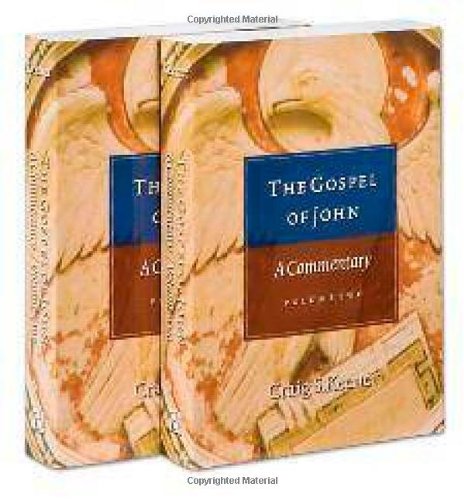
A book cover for The Gospel of John,  Volume One & Volume Two; Craig S. Keener; Christian Books & Bibles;